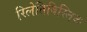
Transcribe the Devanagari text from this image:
रिलेतिविस्तिक